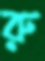
রু